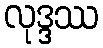
လုဒ္ဒဿ